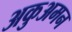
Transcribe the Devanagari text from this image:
अकुअमन